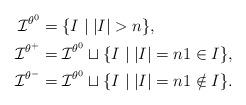
LaTeX: \begin{align*}\mathcal{I}^{\theta^0} &= \{ I \mid \lvert I \rvert > n \}, \\\mathcal{I}^{\theta^+} &= \mathcal{I}^{\theta^0} \sqcup \{ I \mid \lvert I \rvert = n 1 \in I \}, \\\mathcal{I}^{\theta^-} &= \mathcal{I}^{\theta^0} \sqcup \{ I \mid \lvert I \rvert = n 1 \notin I \}.\end{align*}